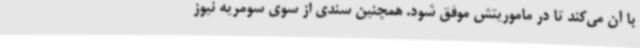
با آن می‌کند تا در ماموریتش موفق شود. همچنین سندی از سوی سومریه نیوز